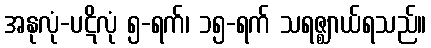
အနုလုံ-ပဋိလုံ ၅-ရက်၊ ၁၅-ရက် သရဇ္ဈာယ်ရသည်။